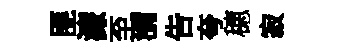
匪濓至瀰告夸穂寂